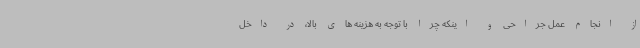
از انجام عمل جراحی و اینکه چرا با توجه به هزینه های بالا، در داخل